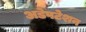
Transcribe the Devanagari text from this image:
अडेपटेशन